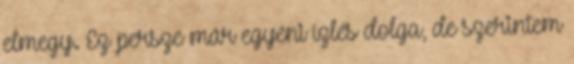
elmegy. Ez persze már egyéni ízlés dolga, de szerintem